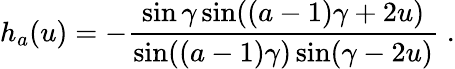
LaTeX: h_{a}(u)=-\frac{\sin\gamma\sin((a-1)\gamma+2u)}{\sin((a-1)\gamma)\sin(\gamma-2u)}\; .